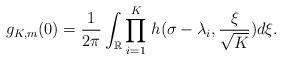
LaTeX: \begin{align*} g_{K,m}(0) = \frac{1}{2\pi}\int_{\mathbb{R}}{\underset{i = 1}{\stackrel{K}{\prod}} h(\sigma - \lambda_i, \frac{\xi}{\sqrt{K}}) d\xi}.\end{align*}